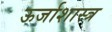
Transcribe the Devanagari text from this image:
ऊर्जाशास्त्र